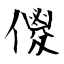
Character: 傻